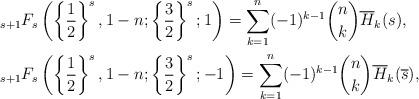
LaTeX: \begin{align*}&{_{s+1}}F_s\left(\left\{\frac{1}{2}\right\}^{s},1-n;\left\{\frac{3}{2}\right\}^{s};1\right)=\sum\limits_{k=1}^n(-1)^{k-1}\binom{n}{k}\overline{H}_k(s),\\&{_{s+1}}F_s\left(\left\{\frac{1}{2}\right\}^{s},1-n;\left\{\frac{3}{2}\right\}^{s};-1\right)=\sum\limits_{k=1}^n(-1)^{k-1}\binom{n}{k}\overline{H}_k(\overline{s}),\end{align*}